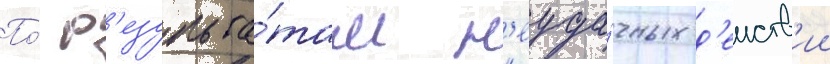
По́ р'езульта́там н'еуда́чных д'еиств'ии